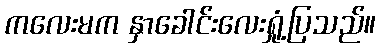
ကလေးမက နှာခေါင်းလေးရှုံ့ပြသည်။